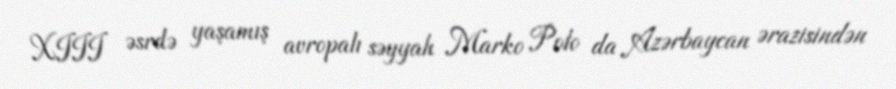
XIII əsrdə yaşamış avropalı səyyah Marko Polo da Azərbaycan ərazisindən